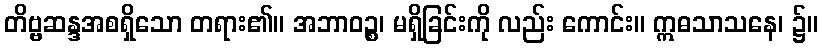
တိဗ္ဗဆန္ဒအစရှိသော တရား၏။ အဘာဝဉ္စ၊ မရှိခြင်းကို လည်း ကောင်း။ ဣဓသာသနေ၊ ၌။